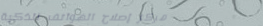
مركز إصلاح الهواتف الذكية